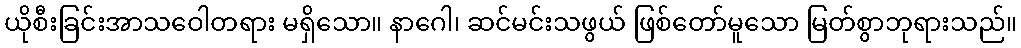
ယိုစီးခြင်းအာသဝေါတရား မရှိသော။ နာဂေါ၊ ဆင်မင်းသဖွယ် ဖြစ်တော်မူသော မြတ်စွာဘုရားသည်။